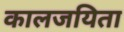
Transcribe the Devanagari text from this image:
कालजयिता